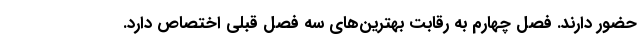
حضور دارند. فصل چهارم به رقابت بهترین‌های سه فصل قبلی اختصاص دارد.